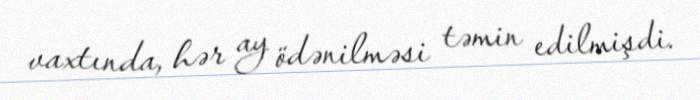
vaxtında, hər ay ödənilməsi təmin edilmişdi.